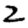
Digit: 2